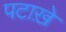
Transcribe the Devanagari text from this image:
पटाख़े